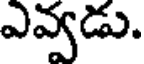
ఎవ్వడు.